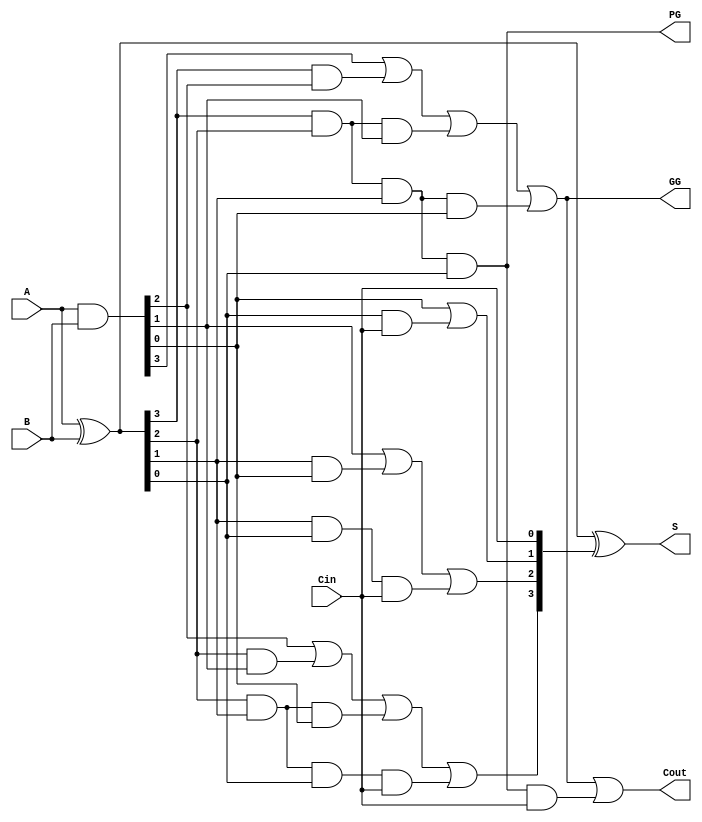
module CLA_4bit(output [3:0] S, output Cout,PG,GG, input [3:0] A,B, input Cin);
  wire [3:0] G,P,C;

  assign G = A & B; //Generate
  assign P = A ^ B; //Propagate
  assign C[0] = Cin;
  assign C[1] = G[0] | (P[0]&C[0]);
  assign C[2] = G[1] | (P[1]&G[0]) | (P[1]&P[0]&C[0]);
  assign C[3] = G[2] | (P[2]&G[1]) | (P[2]&P[1]&G[0]) | (P[2]&P[1]&P[0]&C[0]);
  assign Cout = G[3] | (P[3]&G[2]) | (P[3]&P[2]&G[1]) | (P[3]&P[2]&P[1]&G[0]) 
             |(P[3]&P[2]&P[1]&P[0]&C[0]);
  assign S = P ^ C;
  assign PG = P[3] & P[2] & P[1] & P[0];
  assign GG = G[3] | (P[3]&G[2]) | (P[3]&P[2]&G[1]) | (P[3]&P[2]&P[1]&G[0]);

endmodule